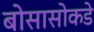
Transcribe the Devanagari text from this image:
बोसासोकडे